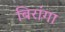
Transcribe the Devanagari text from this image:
बिरांगा